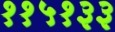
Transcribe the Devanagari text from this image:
११५१३३